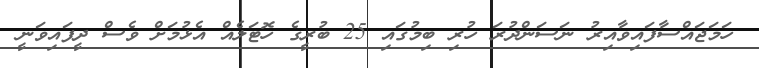
ހަމަޖައްސާފައިވާއިރު ނަސަންދުރަ ހުރި ބިމުގައި 25 ބުރީގެ ހޮޓަލެއް އެޅުމަށް ވެސް ދީފައިވަނީ